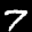
Label: 7